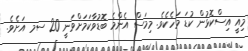
މިއީ އިސްކޮޅުން ކުޑަ މަހެކެވެ. މިމަސް އެންމެ ބޮޑުވާކަމަށްވަނީ 20 ސމ އަށެވެ.